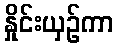
နှိုင်းယှဉ်ကာ